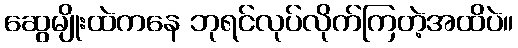
ဆွေမျိုးထဲကနေ ဘုရင်လုပ်လိုက်ကြတဲ့အထိပဲ။